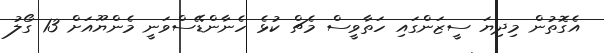
އެގޮތުން މިދިޔަ ސީޒަންގައި ހަތާވީސް މެޗް ކުޅެ ހެނާންޑޭސްވަނީ މެންޔޫއަށް 13 ގޯލު